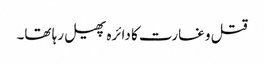
قتل و غارت کا دائرہ پھیل رہا تھا۔